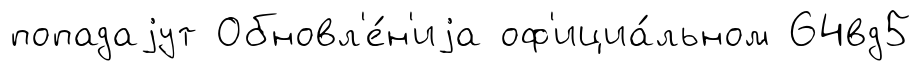
попадаjут Обновл'е́н'иjа оф'ициа́льном 64вд5